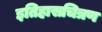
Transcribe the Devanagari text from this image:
इतिहासचित्रण